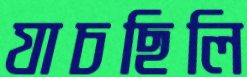
যাচছিলি